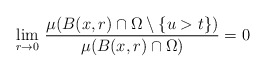
\begin{align*}\lim_{r\to 0}\,\frac{\mu(B(x,r)\cap \Omega\setminus \{u>t\})}{\mu(B(x,r)\cap\Omega)}=0\end{align*}